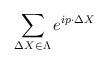
LaTeX: \begin{align*}\sum_{\Delta X \in \Lambda} e^{ip \cdot \Delta X}\end{align*}